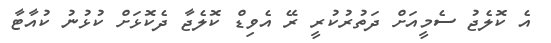
އެ ކޮލެޖު ސެމީއަށް ދަތުރުކުރީ ރޭ އެވިޑް ކޮލެޖާ ދެކޮޅަށް ކުޅުނު ކުއާޓާ